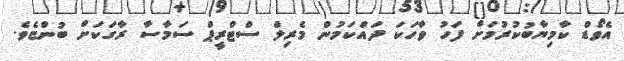
އެވޯޑް ކާމިޔާބުކުރުމަށް ފަހު ވާހަކަ ދައްކަމުން މެރިލް ސްޓްރީޕް ސަމާސާ ރާގަކަށް ބުންޏެވެ.